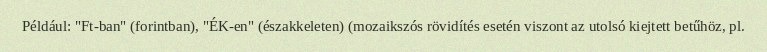
Például: "Ft-ban" (forintban), "ÉK-en" (északkeleten) (mozaikszós rövidítés esetén viszont az utolsó kiejtett betűhöz, pl.